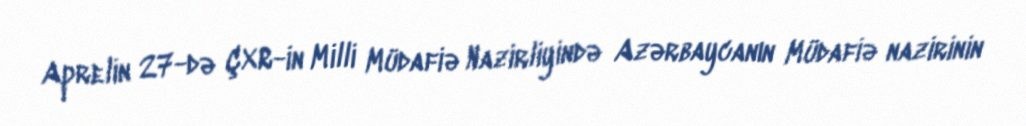
Aprelin 27-də ÇXR-in Milli Müdafiə Nazirliyində Azərbaycanın Müdafiə nazirinin